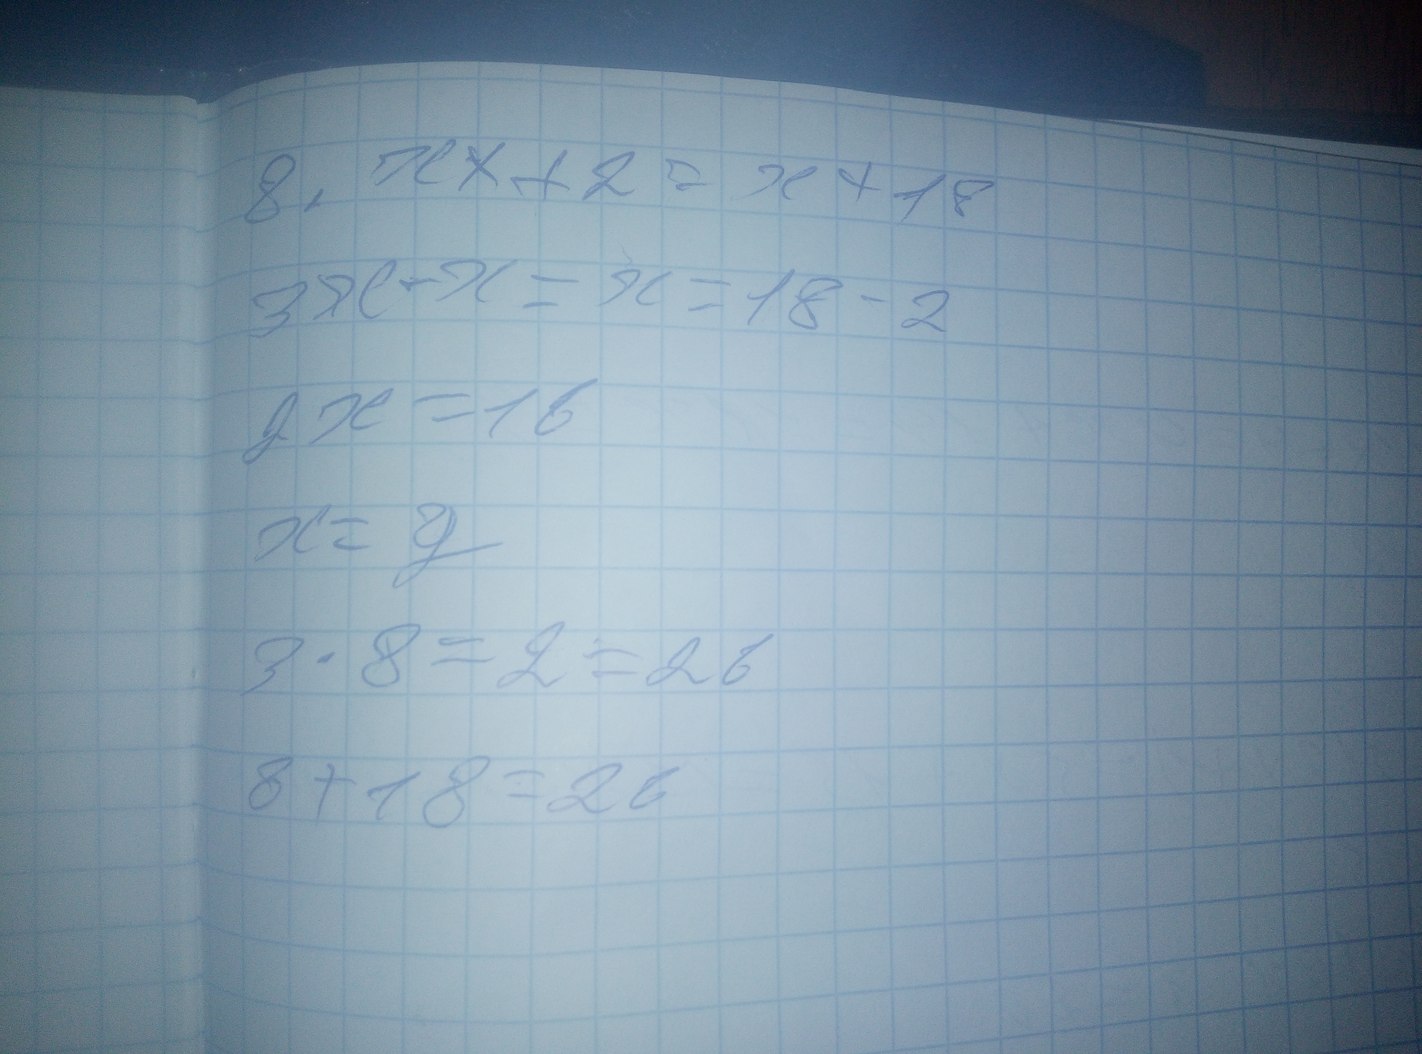
8. x x + 2 = x + 18
3x - x = x = 18 - 2
2x = 16
x = y
3 * 8 = 2 = 26
8 + 18 = 26